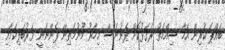
ބައްޕަ ކުރިން އެހާ ސިއްހަތު ރަގަޅުކޮށް ފެނުނަސް މިހާރު މޫނުމަތިން ފެންނަނީ ވަރުބަލިކަމާއި